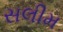
સલીમ